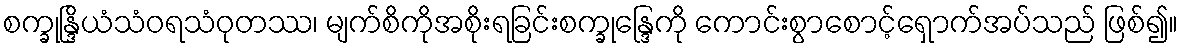
စက္ခုန္ဒြိယံသံဝရသံဝုတဿ၊ မျက်စိကိုအစိုးရခြင်းစက္ခုန္ဒြေကို ကောင်းစွာစောင့်ရှောက်အပ်သည် ဖြစ်၍။